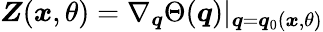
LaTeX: \boldsymbol{Z}(\boldsymbol{x},\theta)=\nabla_{\boldsymbol{q}}\Theta(\boldsymbol{q})|_{\boldsymbol{q}=\boldsymbol{q}_{0}(\boldsymbol{x},\theta)}